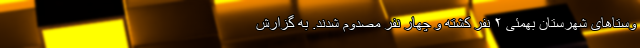
وستاهای شهرستان بهمئی ۲ نفر کشته و چهار نفر مصدوم شدند. به گزارش